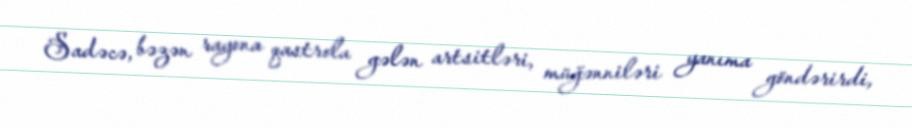
Sadəcə, bəzən rayona qastrola gələn artsitləri, müğənniləri yanıma göndərirdi,